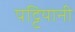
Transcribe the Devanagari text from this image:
पट्टियानी